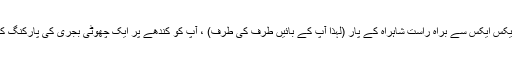
ایم ایم ایکس این ایم ایکس ایکس سے براہ راست شاہراہ کے پار (لہذا آپ کے بائیں طرف کی طرف) ، آپ کو کندھے پر ایک چھوٹی بجری کی پارکنگ کا علاقہ نظر آئے گا۔